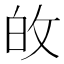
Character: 敀